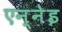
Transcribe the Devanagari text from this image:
एन्नेइ